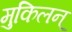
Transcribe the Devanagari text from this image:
मुकिलन्